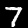
Digit: 7